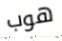
هوب